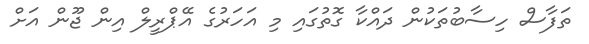
ތަފާސް ހިސާބުތަކުން ދައްކާ ގޮތުގައި މި އަހަރުގެ އޭޕްރީލް އިން ޖޫން އަށް